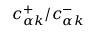
c _ { \alpha k } ^ { + } / c _ { \alpha k } ^ { - }